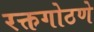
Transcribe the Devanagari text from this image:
रक्तगोठणे